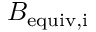
B _ { \mathrm { e q u i v , i } }